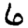
Digit: 6